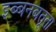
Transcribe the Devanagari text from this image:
इब्बनबतूता